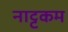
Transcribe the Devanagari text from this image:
नाट्टकम